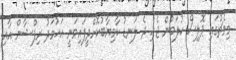
މިމެޗުގައި ޕޮލިސް ކުލަބުން ޖެހި ދެ ލަނޑު ކާމިޔާބުކޮށްދީފައިވަނީ އަހުމަދު ރިފްޝާން އާއި